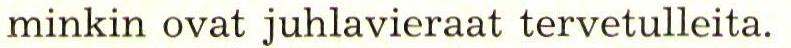
minkin ovat juhlavieraat tervetulleita.